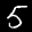
Label: 5